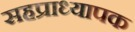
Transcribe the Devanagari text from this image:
सहप्राध्यापक